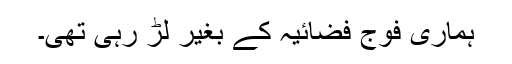
ہماری فوج فضائیہ کے بغیر لڑ رہی تھی۔